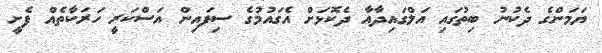
ޔަމަންގެ ދެކުނު ބިތުގައި އަލްގައިދާއާ ދެކޮޅަށް އެގައުމުގެ ސިފައިން އަސްކަރީ ހަރަކާތެއް ފެށީ